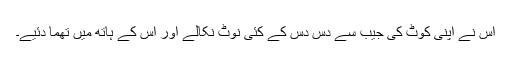
اس نے اپنی کوٹ کی جیب سے دس دس کے کئی نوٹ نکالے اور اس کے ہاتھ میں تھما دئیے۔